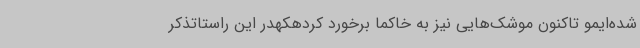
شده‌ایمو تاکنون موشک‌هایی نیز به خاکما برخورد کردهکهدر این راستاتذکر